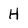
Character: H